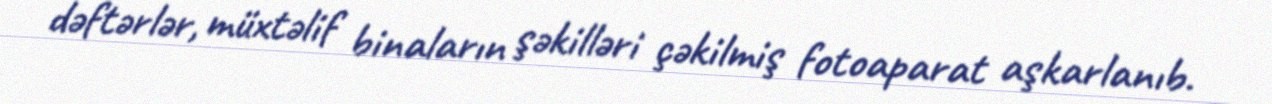
dəftərlər, müxtəlif binaların şəkilləri çəkilmiş fotoaparat aşkarlanıb.